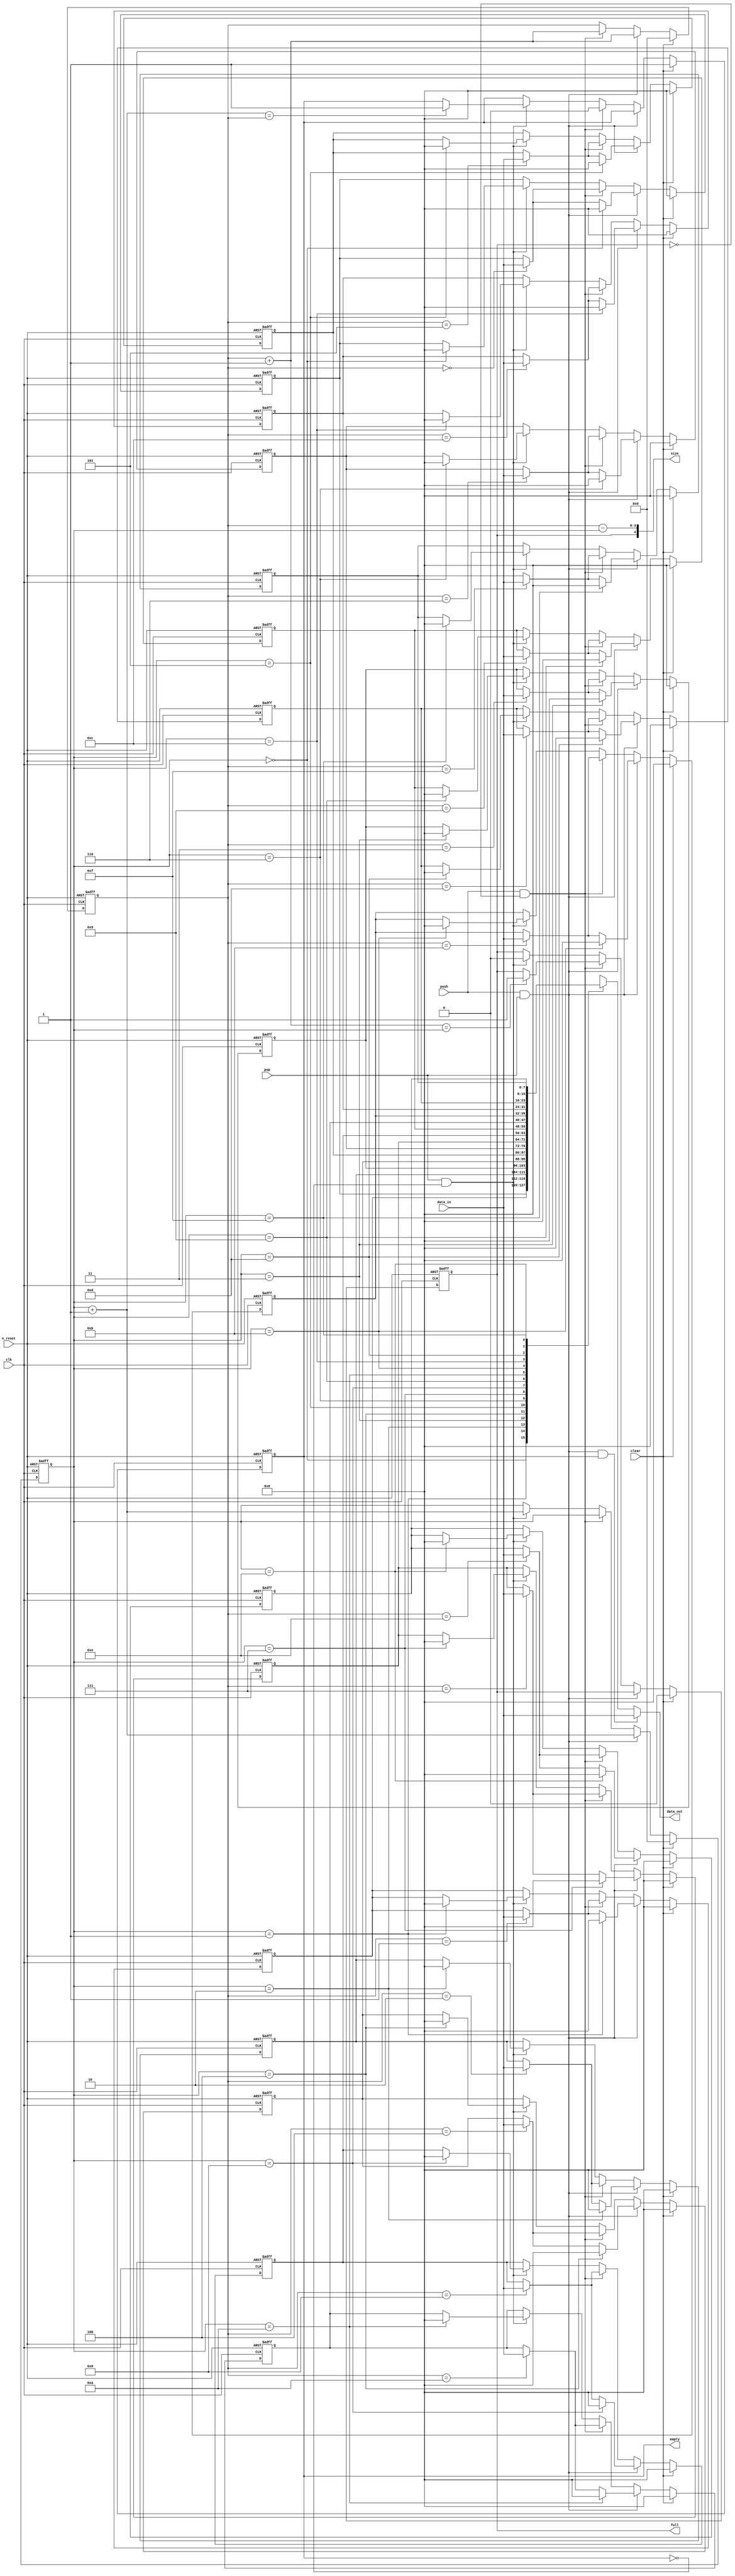
module airi5c_uart_fifo
#(
    parameter       ADDR_WIDTH  = 4,
    parameter       DATA_WIDTH  = 8
)
(
    input                       n_reset,
    input                       clear,
    input                       clk,

    // write port
    input                       push,
    input   [DATA_WIDTH-1:0]    data_in,

    // read port
    input                       pop,
    output  [DATA_WIDTH-1:0]    data_out,

    output  [ADDR_WIDTH:0]      size,
    output  reg                 empty,
    output  reg                 full
);

    reg     [DATA_WIDTH-1:0]    fifo[2**ADDR_WIDTH-1:0];

    reg     [ADDR_WIDTH-1:0]    read_ptr;
    wire    [ADDR_WIDTH-1:0]    read_ptr_next;
    reg     [ADDR_WIDTH-1:0]    write_ptr;
    wire    [ADDR_WIDTH-1:0]    write_ptr_next;

    assign                      read_ptr_next   = read_ptr + 1;
    assign                      write_ptr_next  = write_ptr + 1;

    assign                      data_out        = push && pop && empty ? data_in : fifo[read_ptr];
    assign                      size            = {full, write_ptr - read_ptr};

    integer i;

    always @(posedge clk, negedge n_reset) begin
        if (!n_reset) begin
            for (i = 0; i < 2**ADDR_WIDTH; i = i+1)
                fifo[i] <= 0;

            read_ptr        <= 0;
            write_ptr       <= 0;
            empty           <= 1'b1;
            full            <= 1'b0;
        end

        else if (clear) begin
            for (i = 0; i < 2**ADDR_WIDTH; i = i+1)
                fifo[i] <= 0;

            read_ptr        <= 0;
            write_ptr       <= 0;
            empty           <= 1'b1;
            full            <= 1'b0;
        end

        else if (push && pop) begin
            fifo[write_ptr] <= data_in;
            fifo[read_ptr]  <= 0;
            write_ptr       <= write_ptr_next;
            read_ptr        <= read_ptr_next;
        end

        else if (push && !full) begin
            fifo[write_ptr] <= data_in;
            write_ptr       <= write_ptr_next;
            empty           <= 1'b0;

            if (write_ptr_next == read_ptr)
                full <= 1'b1;
        end

        else if (pop && !empty) begin
            fifo[read_ptr]  <= 0;
            read_ptr        <= read_ptr_next;
            full            <= 1'b0;

            if (read_ptr_next == write_ptr)
                empty <= 1'b1;
        end
    end

endmodule